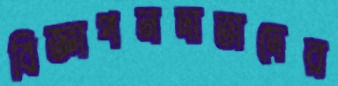
বিজ্ঞাপনদাতাদের